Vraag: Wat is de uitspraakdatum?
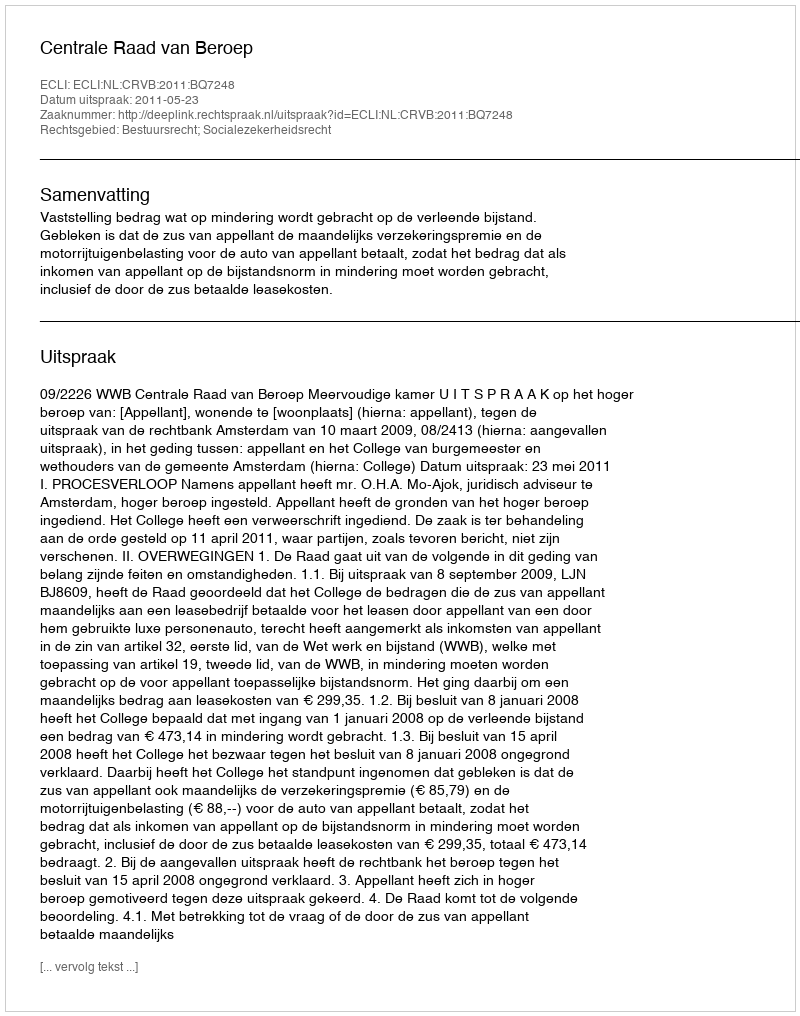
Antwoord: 2011-05-23